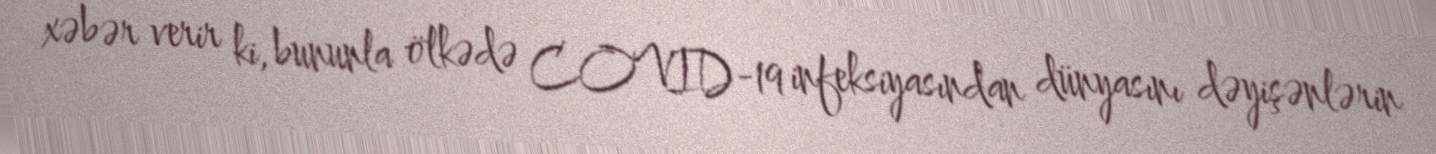
xəbər verir ki, bununla ölkədə COVID-19 infeksiyasından dünyasını dəyişənlərin